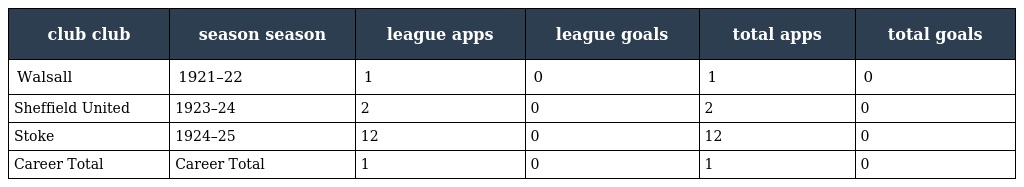
| club club | season season | league apps | league goals | total apps | total goals |
 | --- | --- | --- | --- | --- | --- |
 | Walsall | 1921–22 | 1 | 0 | 1 | 0 |
 | Sheffield United | 1923–24 | 2 | 0 | 2 | 0 |
 | Stoke | 1924–25 | 12 | 0 | 12 | 0 |
 | Career Total | Career Total | 1 | 0 | 1 | 0 |